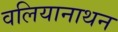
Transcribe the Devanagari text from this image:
वलियानाथन